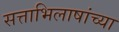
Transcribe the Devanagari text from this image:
सत्ताभिलाषांच्या